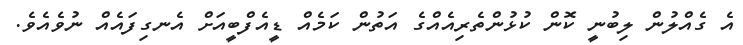
އެ ގެއްލުން ލިބުނީ ކޮން ކުޅުންތެރިއެއްގެ އަތުން ކަމެއް ޑީއެފްބީއަށް އެނގިފައެއް ނުވެއެވެ.